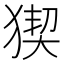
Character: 猰